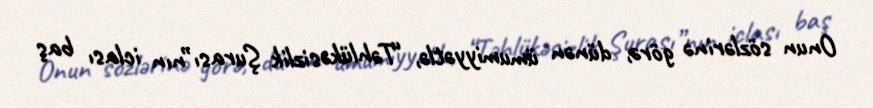
Onun sözlərinə görə, dünən ümumiyyətlə, “Təhlükəsizlik Şurası”nın iclası baş